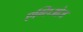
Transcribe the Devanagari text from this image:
एग्लिओज